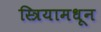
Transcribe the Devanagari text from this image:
स्त्रियामधून